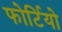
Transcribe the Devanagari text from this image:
फोर्टियो